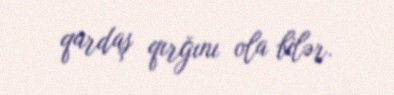
qardaş qırğını ola bilər.